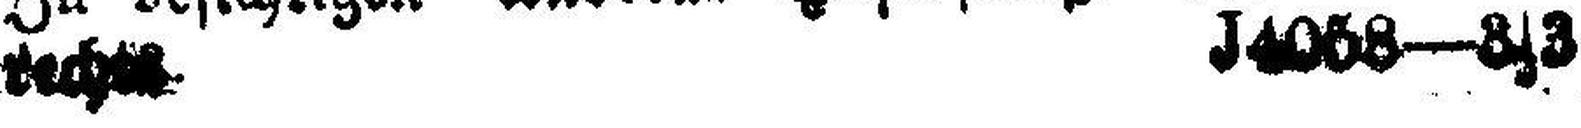
rechts. J4058—3|3